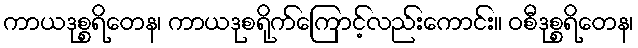
ကာယဒုစ္စရိတေန၊ ကာယဒုစရိုက်ကြောင့်လည်းကောင်း။ ဝစီဒုစ္စရိတေန၊